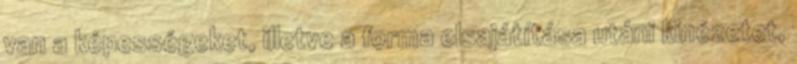
van a képességeket, illetve a forma elsajátítása utáni kinézetet,